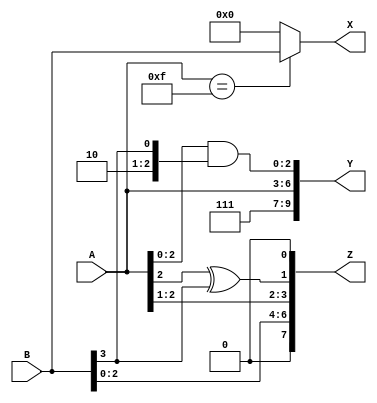
module graphtest (A,B,X,Y,Z);

input      [3:0] A;
input      [3:0] B;
output reg [3:0] X;
output     [9:0] Y;
output     [7:0] Z;

wire [4:0] t;

assign t[4] = 1'b0;                      // Constant connects to wire
assign t[2:0] = A[2:0] & { 2'b10, B[3]}; // Concatenation of intermediate wire
assign t[3] = A[2] ^ B[3];               // Bitwise-XOR

// assign Y[2:0] = 3'b111;
// assign Y[6:3] = A;
// assign Y[9:7] = t[0:2];
assign Y = {3'b111, A, t[2:0]};          // Direct assignment of concatenation

assign Z[0] = 1'b0;                      // Constant connects to PO
assign Z[1] = t[3];                      // Intermediate sig connects to PO
assign Z[3:2] = A[2:1];                  // PI connects to PO
assign Z[7:4] = {1'b0, B[2:0]};          // Concat of CV and PI connect to PO

always @* begin
  if (A == 4'b1111) begin                // All-Const at port (eq)
    X = B;
  end
  else begin
    X = 4'b0000;                         // All-Const at port (mux)
  end
end

endmodule